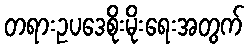
တရားဥပဒေစိုးမိုးရေးအတွက်